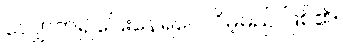
လျှောက်၍ပြေးနေရပေလိမ့်မည် ဖြစ်၏။